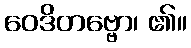
ဝေဒိတဗ္ဗော၊ ၏။